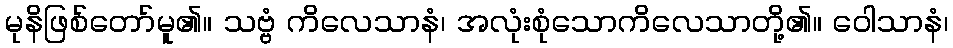
မုနိဖြစ်တော်မူ၏။ သဗ္ဗံ ကိလေသာနံ၊ အလုံးစုံသောကိလေသာတို့၏။ ဝေါသာနံ၊